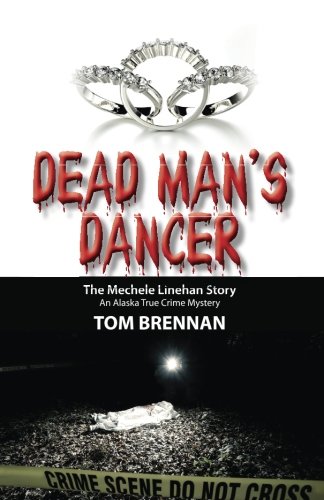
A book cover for Dead Man's Dancer: The Mechele Linehan Story; Tom Brennan; Biographies & Memoirs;